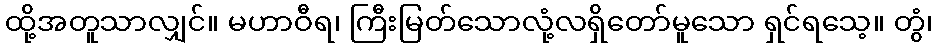
ထို့အတူသာလျှင်။ မဟာဝီရ၊ ကြီးမြတ်သောလုံ့လရှိတော်မူသော ရှင်ရသေ့။ တွံ၊